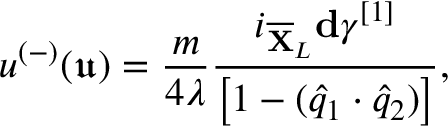
u ^ { ( - ) } ( \mathfrak { u } ) = \frac { m } { 4 \lambda } \frac { i _ { \overline { { \mathbf { X } } } _ { L } } \mathbf { d } \gamma ^ { [ 1 ] } } { \left[ 1 - ( \widehat { q } _ { 1 } \cdot \widehat { q } _ { 2 } ) \right] } ,